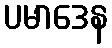
ပမာဒေန